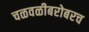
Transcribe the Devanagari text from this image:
चळवळीबरोबरच